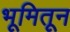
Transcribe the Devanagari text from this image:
भूमितून